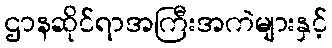
ဌာနဆိုင်ရာအကြီးအကဲများနှင့်